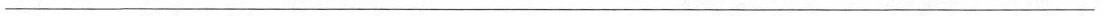
___